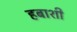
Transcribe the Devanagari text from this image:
हबाशी